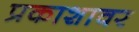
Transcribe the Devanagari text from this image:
प्रकाशावर